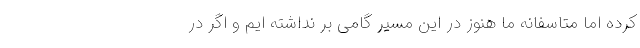
کرده اما متاسفانه ما هنوز در این مسیر گامی بر نداشته ایم و اگر در